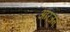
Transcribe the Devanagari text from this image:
अरिजन